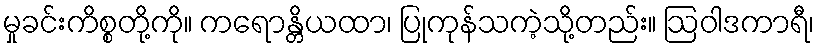
မှုခင်းကိစ္စတို့ကို။ ကရောန္တိယထာ၊ ပြုကုန်သကဲ့သို့တည်း။ ဩဝါဒကာရီ၊